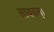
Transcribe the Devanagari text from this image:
सायकम्।